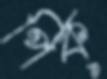
পিক্